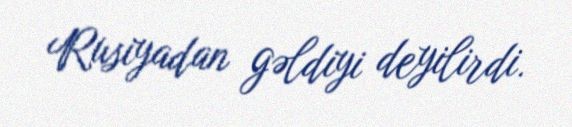
Rusiyadan gəldiyi deyilirdi.